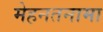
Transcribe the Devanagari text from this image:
मेहनतनामा